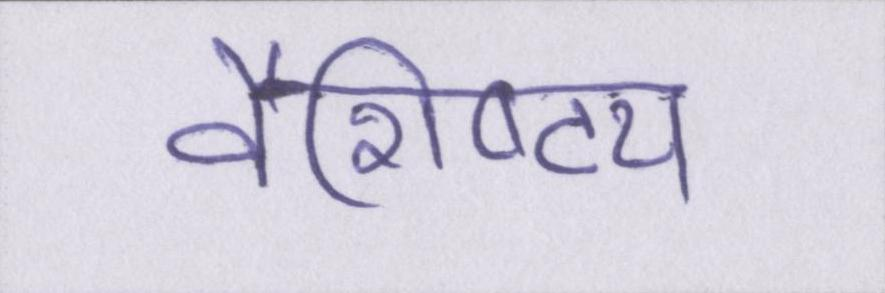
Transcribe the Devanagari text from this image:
वैशिष्ट्य